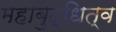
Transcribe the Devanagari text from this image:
महाबुद्धित्व